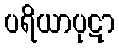
ပရိယာပုဋာ